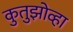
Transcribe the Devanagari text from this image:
कुतुझोव्हा